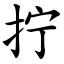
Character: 拧